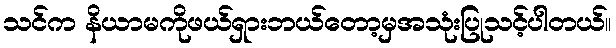
သင်က နိယာမကိုဖယ်ရှားဘယ်တော့မှအသုံးပြုသင့်ပါတယ်။